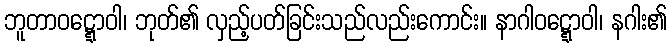
ဘူတာဝဋ္ဋောဝါ၊ ဘုတ်၏ လှည့်ပတ်ခြင်းသည်လည်းကောင်း။ နာဂါဝဋ္ဋောဝါ၊ နဂါး၏